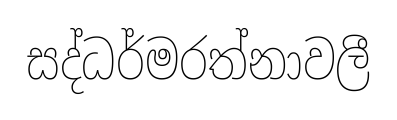
සද්ධර්මරත්නාවලී